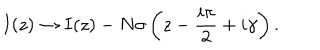
I ( z ) \rightarrow I ( z ) - N \sigma \left( z - \frac { i \pi } { 2 } + i \gamma \right) .